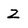
Character: Z